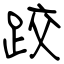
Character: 跤